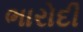
ભારોદી